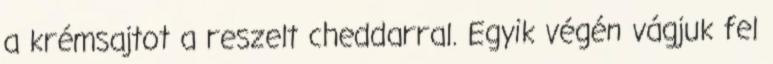
a krémsajtot a reszelt cheddar­ral. Egyik végén vágjuk fel